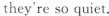
they're so quiet.